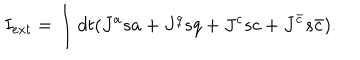
LaTeX: I _ { e x t } = \int d t ( J ^ { a } s a + J ^ { q } s q + J ^ { c } s c + J ^ { { \bar { c } } } s { \bar { c } } ) .